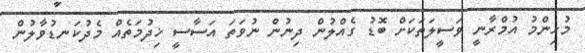
މުހިންމު އުމްރާނީ ވަސީލަތަކަށް ބޮޑު ގެއްލުން ދިނުން ނުވަތަ އަސާސީ ޚިދުމަތެއް މެދުކަނޑުވާލުން